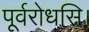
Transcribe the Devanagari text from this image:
पूर्वरोधसि।